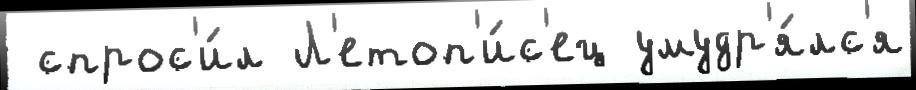
 спрос'и́л Л'етоп'и́с'ец умудр'я́лс'я